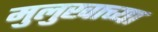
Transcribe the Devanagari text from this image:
मुलुखाच्या